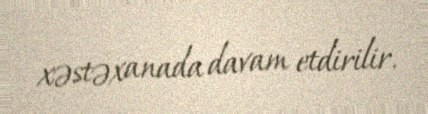
xəstəxanada davam etdirilir.